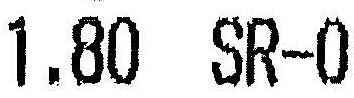
1.80 SR-0